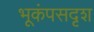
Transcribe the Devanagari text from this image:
भूकंपसदृश